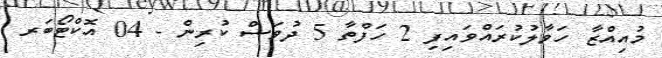
މުއިއްޒާ ހަވާލުކުރައްވައިފި 2 ހަފްތާ 5 ދުވަސް ކުރިން - 04 އޮކްޓޯބަރ